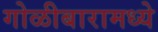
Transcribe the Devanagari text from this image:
गोळीबारामध्ये